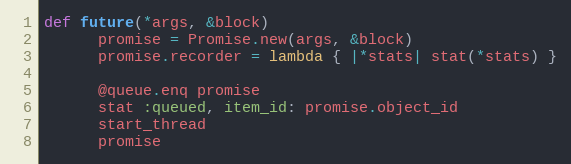
Language: Ruby
def future(*args, &block)
      promise = Promise.new(args, &block)
      promise.recorder = lambda { |*stats| stat(*stats) }

      @queue.enq promise
      stat :queued, item_id: promise.object_id
      start_thread
      promise